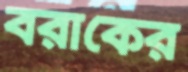
বরাকের